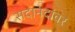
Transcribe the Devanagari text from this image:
सदानंदांवर